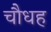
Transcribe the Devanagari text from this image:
चौधह